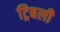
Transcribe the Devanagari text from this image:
ट्रिबली